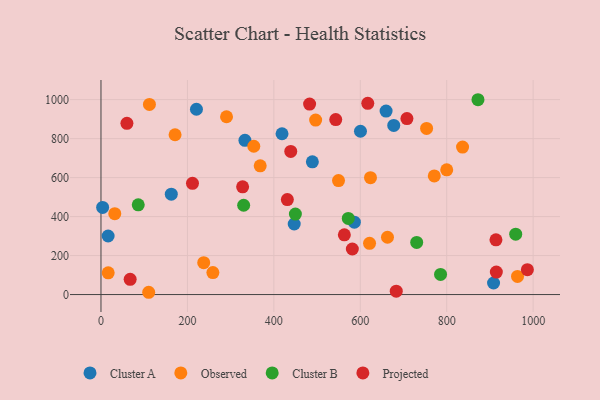
{"axis": {"x": "Ad Spend", "y": "Yield"}, "legend": ["Cluster A", "Cluster B", "Observed", "Projected"], "data": [{"x": "677.4", "y": 867.8, "type": "Cluster A"}, {"x": "16.5", "y": 300.4, "type": "Cluster A"}, {"x": "908.3", "y": 59.3, "type": "Cluster A"}, {"x": "220.9", "y": 950.7, "type": "Cluster A"}, {"x": "489.1", "y": 681.1, "type": "Cluster A"}, {"x": "418.9", "y": 824.9, "type": "Cluster A"}, {"x": "659.7", "y": 941.4, "type": "Cluster A"}, {"x": "600.4", "y": 837.8, "type": "Cluster A"}, {"x": "447.1", "y": 362.0, "type": "Cluster A"}, {"x": "162.7", "y": 515.2, "type": "Cluster A"}, {"x": "3.8", "y": 447.1, "type": "Cluster A"}, {"x": "333.1", "y": 791.0, "type": "Cluster A"}, {"x": "586.3", "y": 371.1, "type": "Cluster A"}, {"x": "963.8", "y": 93.0, "type": "Observed"}, {"x": "621.4", "y": 262.7, "type": "Observed"}, {"x": "258.9", "y": 112.8, "type": "Observed"}, {"x": "662.9", "y": 294.0, "type": "Observed"}, {"x": "800.0", "y": 639.8, "type": "Observed"}, {"x": "368.4", "y": 660.3, "type": "Observed"}, {"x": "237.7", "y": 163.8, "type": "Observed"}, {"x": "290.5", "y": 912.2, "type": "Observed"}, {"x": "496.7", "y": 895.0, "type": "Observed"}, {"x": "16.7", "y": 111.5, "type": "Observed"}, {"x": "171.4", "y": 819.9, "type": "Observed"}, {"x": "549.6", "y": 584.5, "type": "Observed"}, {"x": "353.6", "y": 760.8, "type": "Observed"}, {"x": "771.2", "y": 608.5, "type": "Observed"}, {"x": "623.6", "y": 599.5, "type": "Observed"}, {"x": "31.9", "y": 415.0, "type": "Observed"}, {"x": "110.4", "y": 11.7, "type": "Observed"}, {"x": "112.1", "y": 975.2, "type": "Observed"}, {"x": "836.6", "y": 756.7, "type": "Observed"}, {"x": "753.4", "y": 852.3, "type": "Observed"}, {"x": "449.8", "y": 412.9, "type": "Cluster B"}, {"x": "86.2", "y": 460.1, "type": "Cluster B"}, {"x": "872.3", "y": 999.5, "type": "Cluster B"}, {"x": "572.2", "y": 390.5, "type": "Cluster B"}, {"x": "959.6", "y": 310.0, "type": "Cluster B"}, {"x": "330.1", "y": 458.1, "type": "Cluster B"}, {"x": "730.5", "y": 267.4, "type": "Cluster B"}, {"x": "785.7", "y": 103.4, "type": "Cluster B"}, {"x": "482.7", "y": 977.1, "type": "Projected"}, {"x": "543.2", "y": 897.9, "type": "Projected"}, {"x": "60.0", "y": 878.3, "type": "Projected"}, {"x": "913.9", "y": 280.8, "type": "Projected"}, {"x": "439.1", "y": 734.5, "type": "Projected"}, {"x": "683.2", "y": 17.2, "type": "Projected"}, {"x": "707.9", "y": 902.9, "type": "Projected"}, {"x": "211.7", "y": 570.4, "type": "Projected"}, {"x": "581.6", "y": 233.6, "type": "Projected"}, {"x": "914.8", "y": 115.3, "type": "Projected"}, {"x": "986.6", "y": 127.6, "type": "Projected"}, {"x": "431.2", "y": 487.3, "type": "Projected"}, {"x": "67.5", "y": 78.3, "type": "Projected"}, {"x": "617.3", "y": 981.1, "type": "Projected"}, {"x": "563.1", "y": 306.4, "type": "Projected"}, {"x": "327.7", "y": 552.8, "type": "Projected"}]}